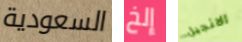
السعودية إلخ الانجيل